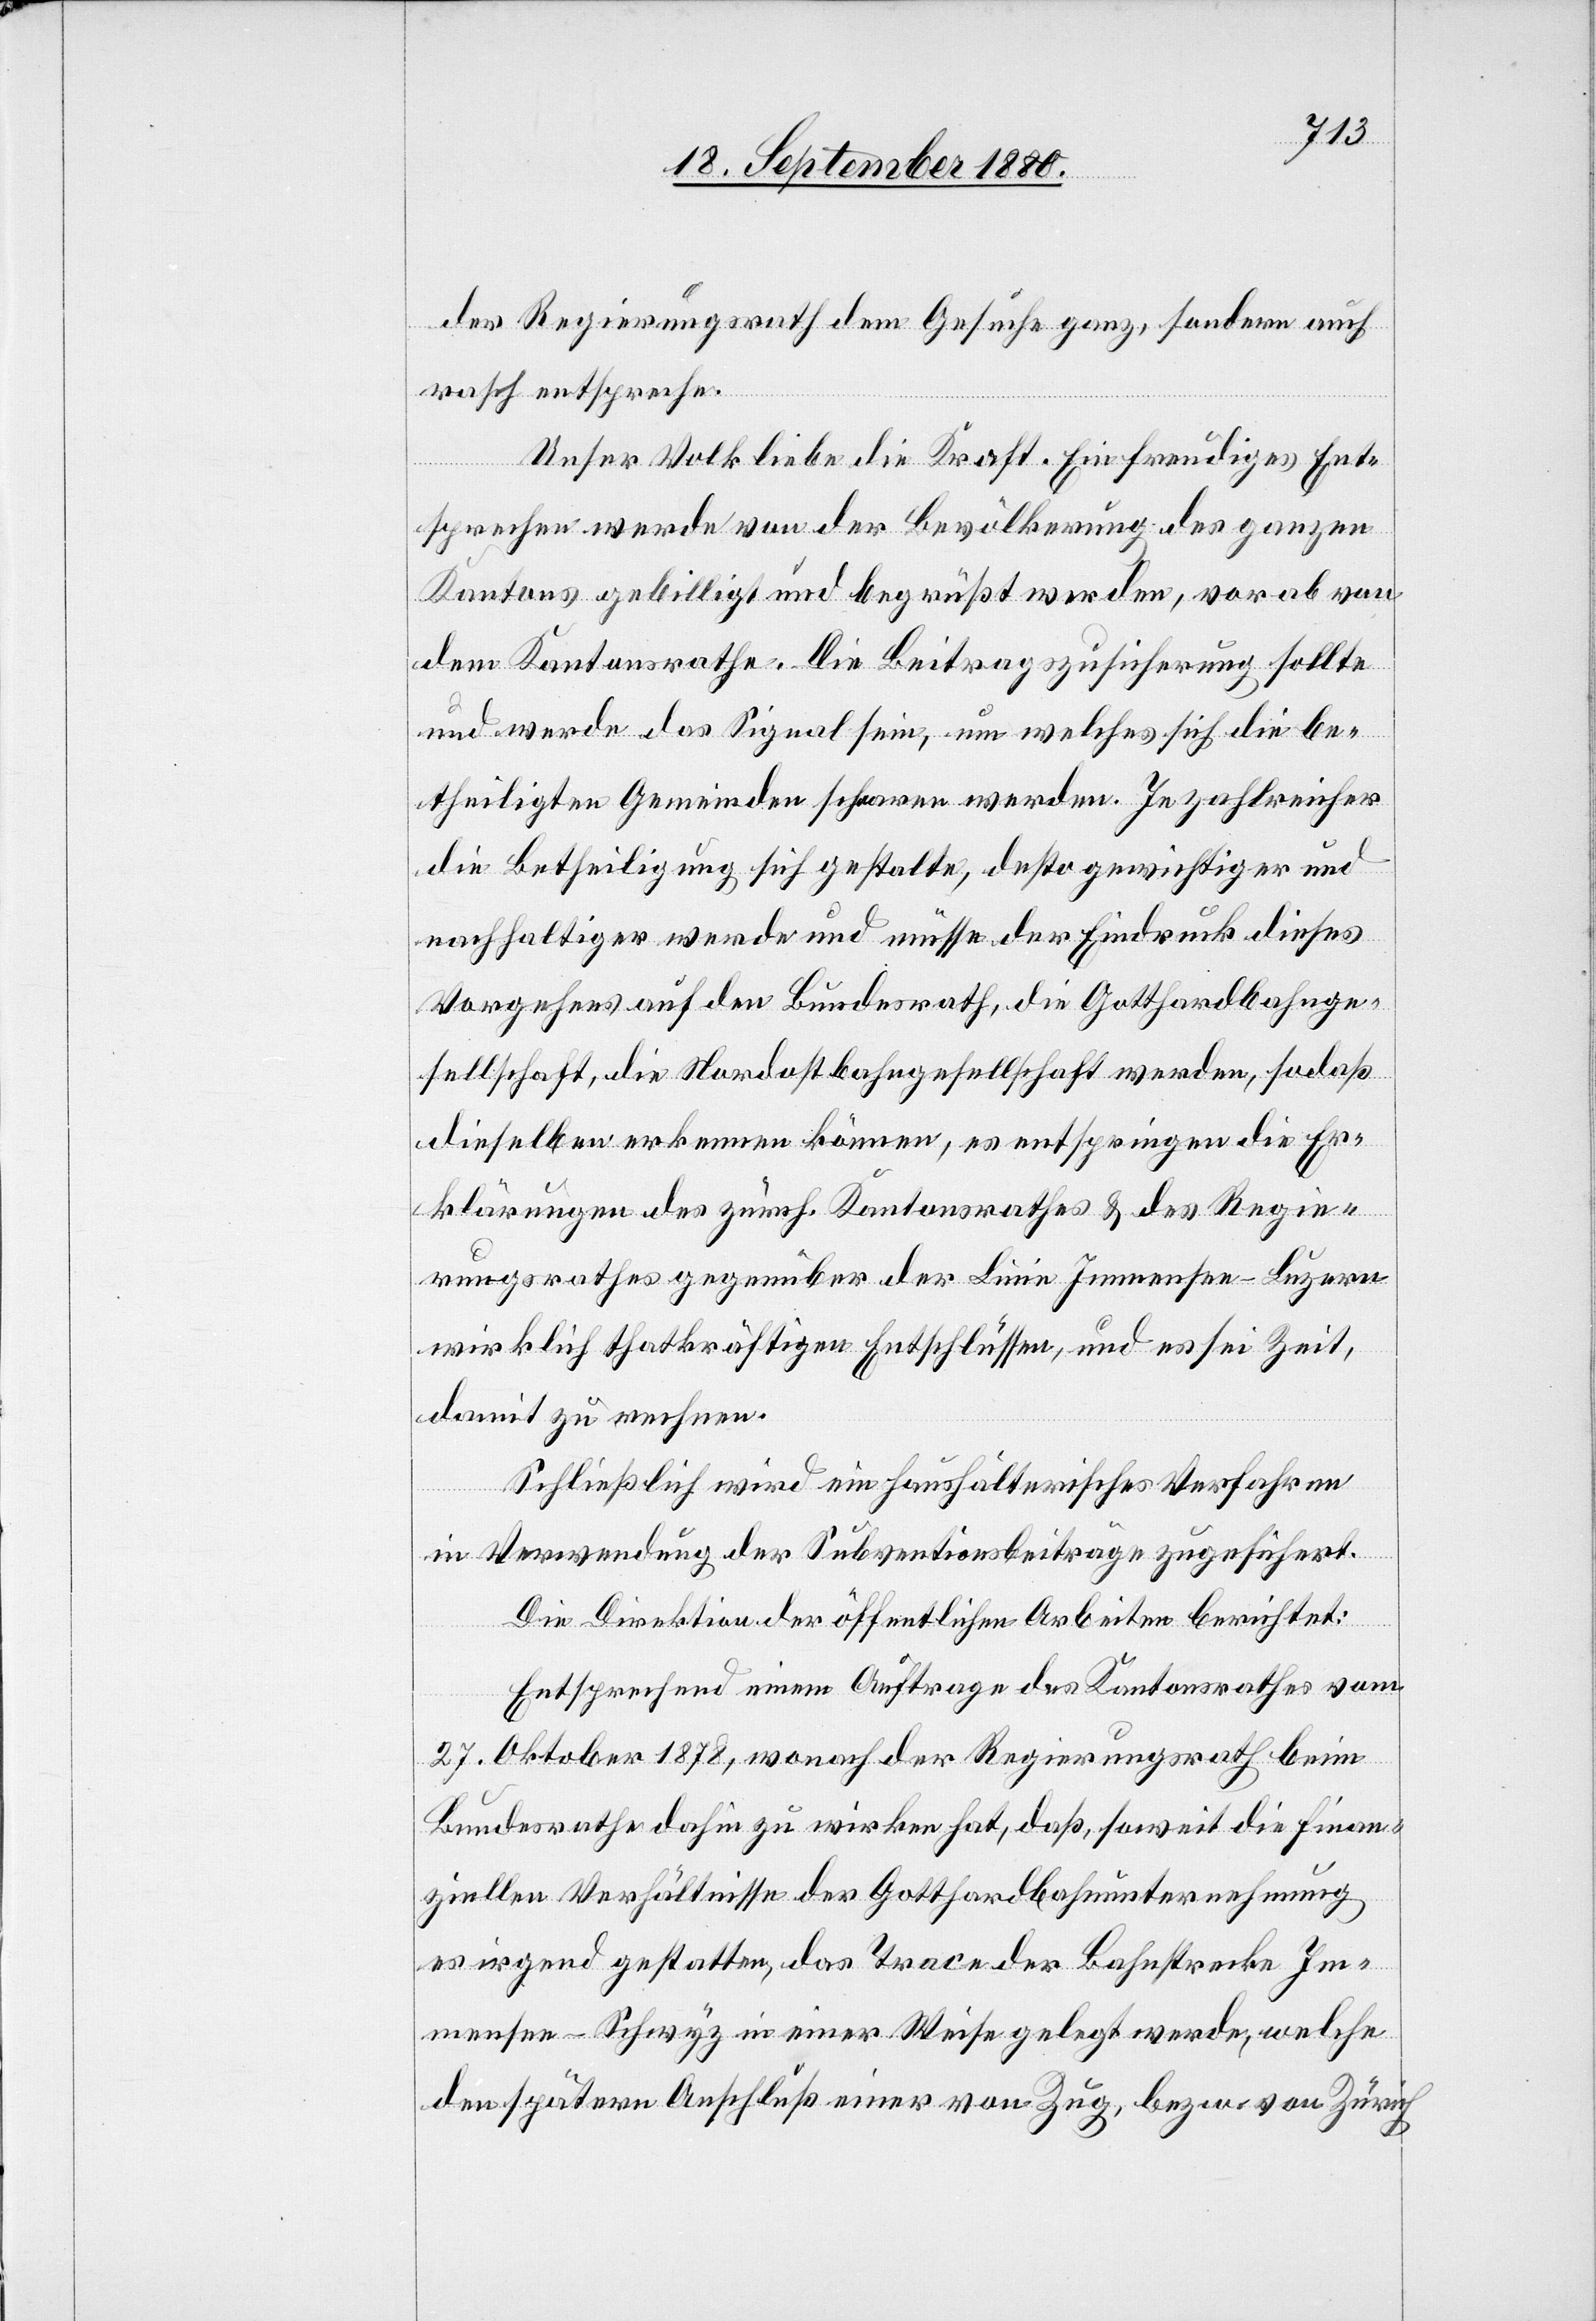
der Regierungsrath dem Gesuche ganz, sondern auch
rasch entspreche.
Unser Volk liebe die Kraft. Ein freudiges Ent¬
sprechen werde von der Bevölkerung des ganzen
Kantons gebilligt und begrüßt werden, vor ab von
dem Kantonsrathe. Die Beitragszusicherung sollte
und werde das Signal sein, um welches sich die be¬
theiligten Gemeinden scharen werden. Je zahlreicher
die Betheiligung sich gestalte, desto gewichtiger und
nachhaltiger werde und müsse der Eindruck dieses
Vorgehens auf den Bundesrath, die Gotthardbahnge¬
sellschaft, die Nordostbahngesellschaft werden, sodaß
dieselben erkennen können, es entspringen die Er¬
klärungen des zürch. Kantonsrathes & des Regie¬
rungsrathes gegenüber der Linie Immensee–Luzern
wirklich thatkräftigen Entschlüssen, und es sei Zeit,
damit zu rechnen.
Schließlich wird ein haushälterisches Verfahren
in Verwendung der Subventionsbeiträge zugesichert.
Die Direktion der öffentlichen Arbeiten berichtet:
Entsprechend einem Auftrage des Kantonsrathes vom
27. Oktober 1878, wonach der Regierungsrath beim
Bundesrathe dahin zu wirken hat, daß soweit die finan¬
ziellen Verhältnisse der Gotthardbahnunternehmung
es irgend gestatten, das Trace der Bahnstrecke Im¬
mensee–Schwyz in einer Weise gelegt werde, welche
den spätern Anschluß einer von Zug, bezw. von Zürich